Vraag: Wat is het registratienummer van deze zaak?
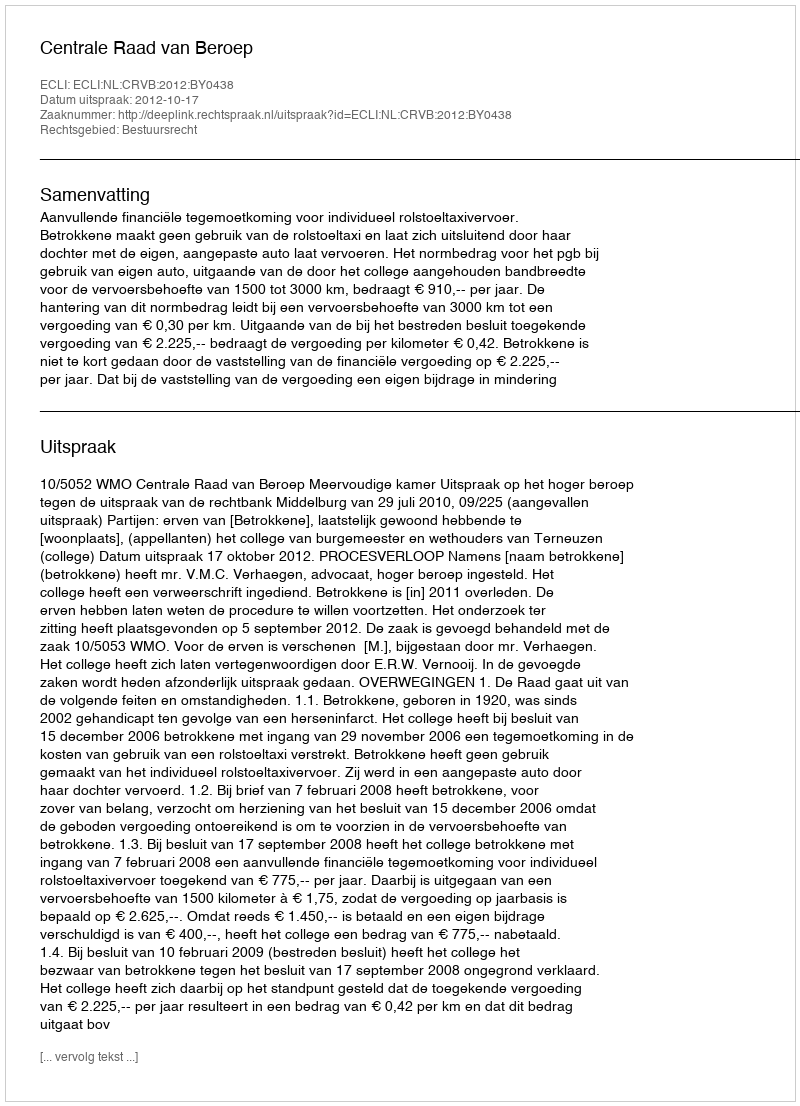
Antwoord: http://deeplink.rechtspraak.nl/uitspraak?id=ECLI:NL:CRVB:2012:BY0438